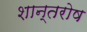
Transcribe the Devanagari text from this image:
शान्तरोष